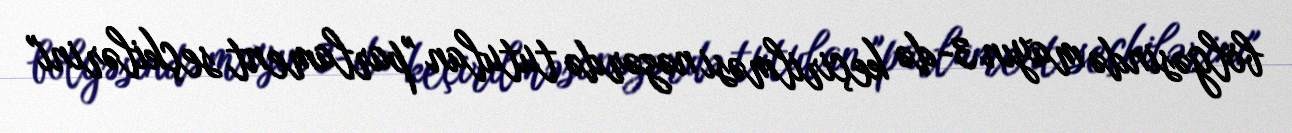
bölgəsində mayın 3-də keçirilməsi nəzərdə tutulan "parlament seçkilərini"